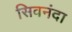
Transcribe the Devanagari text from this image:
सिवनंदा